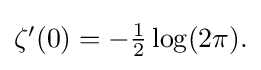
{\textstyle \zeta '(0)=-{\frac {1}{2}}\log(2\pi ).}